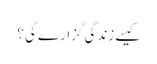
کیسے زندگی گزارے گی؟